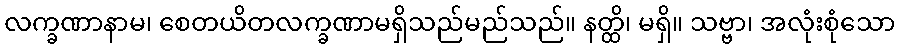
လက္ခဏာနာမ၊ စေတယိတလက္ခဏာမရှိသည်မည်သည်။ နတ္ထိ၊ မရှိ။ သဗ္ဗာ၊ အလုံးစုံသော